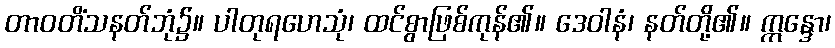
တာဝတိံသနတ်ဘုံ၌။ ပါတုရဟေသုံ၊ ထင်စွာဖြစ်ကုန်၏။ ဒေဝါနံ၊ နတ်တို့၏။ ဣန္ဒော၊